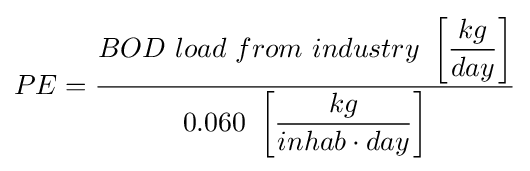
PE={\dfrac {BOD\ load\ from\ industry\ \left[{\dfrac {kg}{day}}\right]}{0.060\ \left[{\dfrac {kg}{inhab\cdot day}}\right]}}